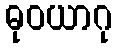
ဓုဝယာဂု